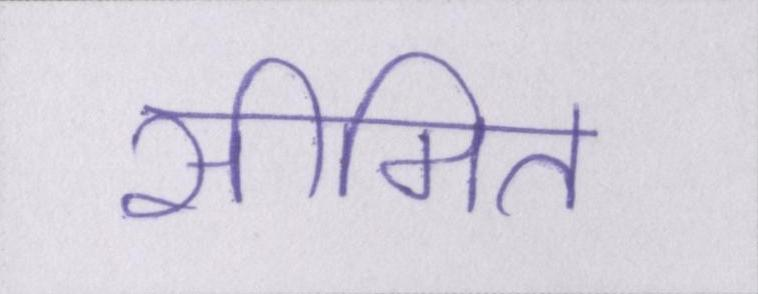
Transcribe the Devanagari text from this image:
सीमित